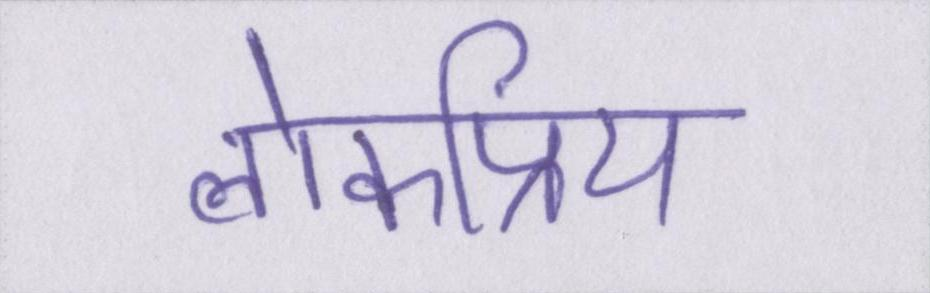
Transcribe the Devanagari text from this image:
लोकप्रिय